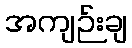
အကျဉ်းချ